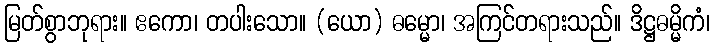
မြတ်စွာဘုရား။ ဧကော၊ တပါးသော။ (ယော) ဓမ္မော၊ အကြင်တရားသည်။ ဒိဋ္ဌဓမ္မိကံ၊